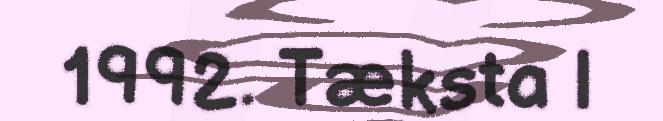
1992. Tæksta l